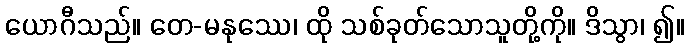
ယောဂီသည်။ တေ-မနုဿေ၊ ထို သစ်ခုတ်သောသူတို့ကို။ ဒိသွာ၊ ၍။